Annual administration report of the Civil Veterinary Department of India - 1896-1897
Year: 1896
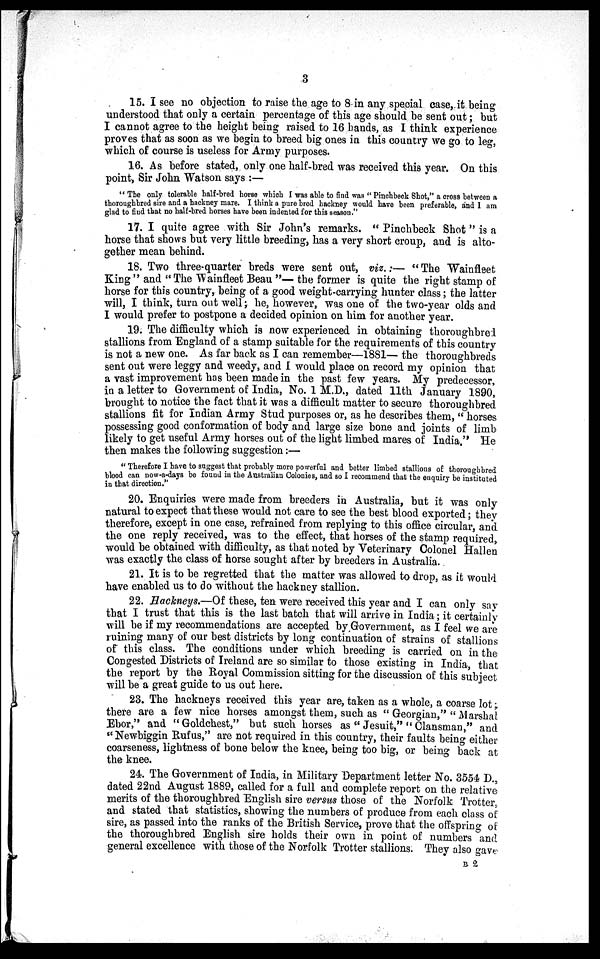
3
15. I see no objection to raise the age to 8 in any special case, it being
understood that only a certain percentage of this age should be sent out; but
I cannot agree to the height being raised to 16 bands, as I think experience
proves that as soon as we begin to breed big ones in this country we go to leg,
which of course is useless for Army purposes.
16. As before stated, only one half-bred was received this year. On this
point, Sir John Watson says:—
"The only tolerable half-bred horse which I was able to find was "Pinchbeck Shot," a cross between a
thoroughbred sire and a hackney mare. I think a pure bred hackney would have been preferable, and 1 am
glad to find that no half-bred horses have been indented for this season."
17. I quite agree with Sir John's remarks. "Pinchbeck Shot" is a
horse that shows but very little breeding, has a very short croup, and is alto-
gether mean behind.
18. Two three-quarter breds were sent out, viz.:— "The Wainfleet
King" and "The Wainfleet Beau"— the former is quite the right stamp of
horse for this country, being of a good weight-carrying hunter class; the latter
will, I think, turn out well; he, however, was one of the two-year olds and
I would prefer to postpone a decided opinion on him for another year.
19. The difficulty which is now experienced in obtaining thoroughbred
stallions from England of a stamp suitable for the requirements of this country
is not a new one. As far back as I can remember—1881— the thoroughbreds
sent out were leggy and weedy, and I would place on record my opinion that
a vast improvement has been made in the past few years. My predecessor,
in a letter to Government of India, No. 1 M.D., dated 11th January 1890,
brought to notice the fact that it was a difficult matter to secure thoroughbred
stallions fit for Indian Army Stud purposes or, as he describes them, "horses
possessing good conformation of body and large size bone and joints of limb
likely to get useful Army horses out of the light limbed mares of India." He
then makes the following suggestion:—
"Therefore I have to suggest that probably more powerful and better limbed stallions of thoroughbred
blood can now-a-days be found in the Australian Colonies, and so I recommend that the enquiry be instituted
in that direction."
20. Enquiries were made from breeders in Australia, but it was only
natural to expect that these would not care to see the best blood exported; they
therefore, except in one case, refrained from replying to this office circular, and
the one reply received, was to the effect, that horses of the stamp required,
would be obtained with difficulty, as that noted by Veterinary Colonel Hallen
was exactly the class of horse sought after by breeders in Australia.
21. It is to be regretted that the matter was allowed to drop, as it would
have enabled us to do without the hackney stallion.
22. Hackneys.—Of these, ten were received this year and I can only say
that I trust that this is the last batch that will arrive in India; it certainly
will be if my recommendations are accepted by Government, as I feel we are
ruining many of our best districts by long continuation of strains of stallions
of this class. The conditions under which breeding is carried on in the
Congested Districts of Ireland are so similar to those existing in India, that
the report by the Royal Commission sitting for the discussion of this subject
will be a great guide to us out here.
23. The hackneys received this year are, taken as a whole, a coarse lot;
there are a few nice horses amongst them, such as "Georgian," "Marshal
Ebor," and "Goldchest," but such horses as "Jesuit," "Clansman," and
"Newbiggin Rufus," are not required in this country, their faults being either
coarseness, lightness of bone below the knee, being too big, or being back at
the knee.
24. The Government of India, in Military Department letter No. 3554 D.,
dated 22nd August 1889, called for a full and complete report on the relative
merits of the thoroughbred English sire versus those of the Norfolk Trotter.
and stated that statistics, showing the numbers of produce from each class of
sire, as passed into the ranks of the British Service, prove that the offspring of
the thoroughbred English sire holds their own in point of numbers and
general excellence with those of the Norfolk Trotter stallions. They also gave
B 2